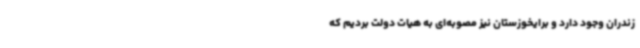
زندران وجود دارد و برایخوزستان نیز مصوبه‌ای به هیات دولت بردیم که